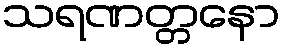
သရဏတ္တနော